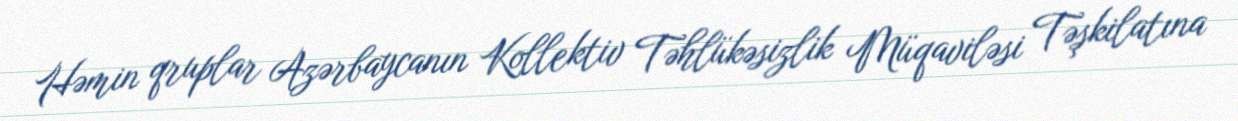
Həmin qruplar Azərbaycanın Kollektiv Təhlükəsizlik Müqaviləsi Təşkilatına